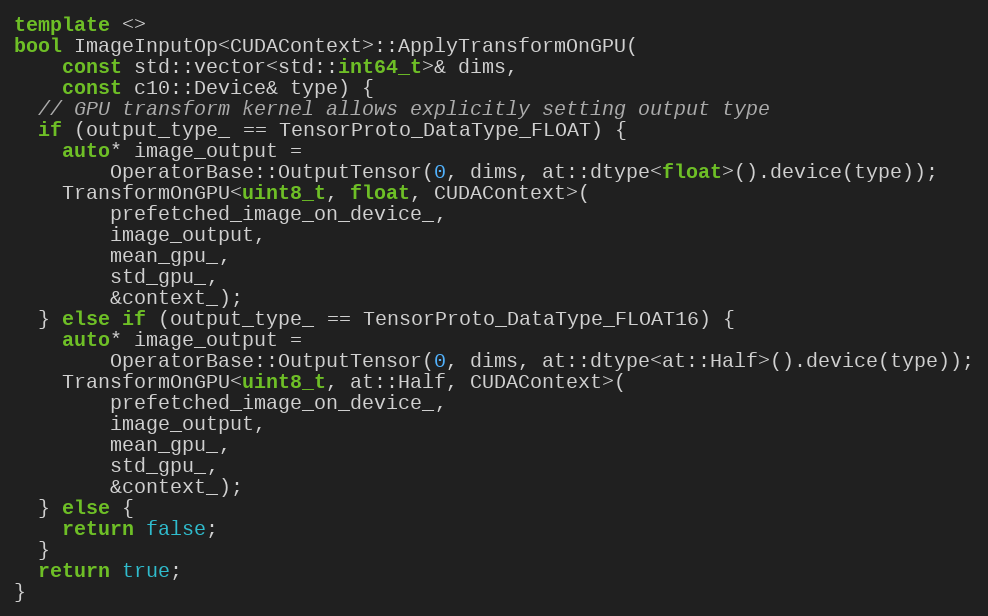
Language: C++
template <>
bool ImageInputOp<CUDAContext>::ApplyTransformOnGPU(
    const std::vector<std::int64_t>& dims,
    const c10::Device& type) {
  // GPU transform kernel allows explicitly setting output type
  if (output_type_ == TensorProto_DataType_FLOAT) {
    auto* image_output =
        OperatorBase::OutputTensor(0, dims, at::dtype<float>().device(type));
    TransformOnGPU<uint8_t, float, CUDAContext>(
        prefetched_image_on_device_,
        image_output,
        mean_gpu_,
        std_gpu_,
        &context_);
  } else if (output_type_ == TensorProto_DataType_FLOAT16) {
    auto* image_output =
        OperatorBase::OutputTensor(0, dims, at::dtype<at::Half>().device(type));
    TransformOnGPU<uint8_t, at::Half, CUDAContext>(
        prefetched_image_on_device_,
        image_output,
        mean_gpu_,
        std_gpu_,
        &context_);
  } else {
    return false;
  }
  return true;
}